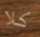
كلا